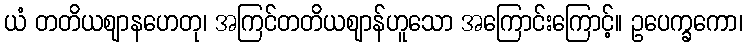
ယံ တတိယဈာနဟေတု၊ အကြင်တတိယဈာန်ဟူသော အကြောင်းကြောင့်။ ဥပေက္ခကော၊